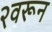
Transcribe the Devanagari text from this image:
२वरून